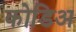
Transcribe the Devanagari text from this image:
कोडिअ